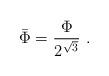
LaTeX: \begin{align*}\bar \Phi = \frac{\Phi}{2^{\sqrt{3}}} \ .\end{align*}